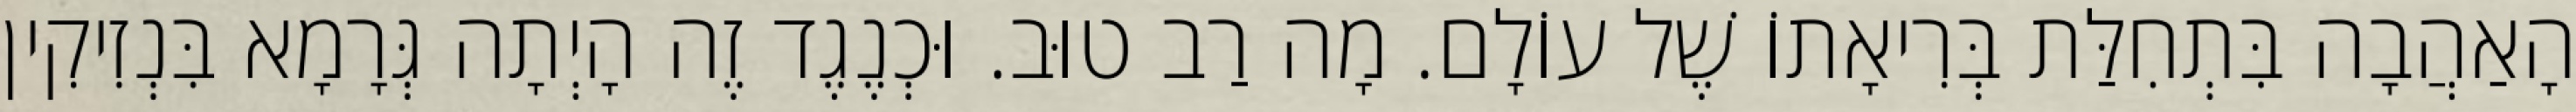
הָאַהֲבָה בִּתְחִלַּת בְּרִיאָתוֹ שֶׁל עוֹלָם. מָה רַב טוּב. וּכְנֶגֶד זֶה הָיְתָה גְּרָמָא בִּנְזִיקִין